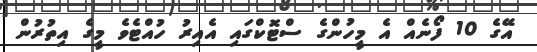
އޭގެ 10 ފޯނެއް އެ މީހުުންގެ ސްޓޮކްގައި އެއިރު ހުއްޓެވެ މީގެ އިތުރުން